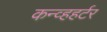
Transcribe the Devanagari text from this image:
कन्व्हहर्टर